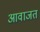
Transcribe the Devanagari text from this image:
आवाजत